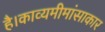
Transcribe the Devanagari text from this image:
है।काव्यमीमांसाकार